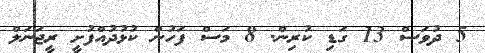
5 ދުވަސް 13 ގަޑި ކުރިން. 8 މަސް ފަހުން ކުޅުދުއްފުށީ ރީޖަނަލް